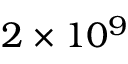
2 \times 1 0 ^ { 9 }